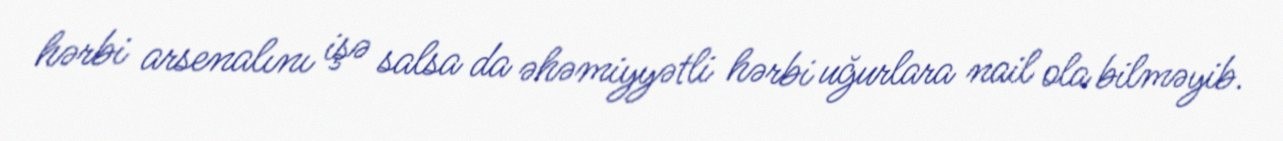
hərbi arsenalını işə salsa da əhəmiyyətli hərbi uğurlara nail ola bilməyib.